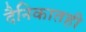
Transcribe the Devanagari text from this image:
दैनिकातही